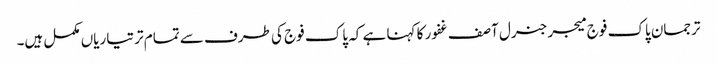
ترجمان پاک فوج میجر جنرل آصف غفور کا کہنا ہے کہ پاک فوج کی طرف سے تمام تر تیاریاں مکمل ہیں۔